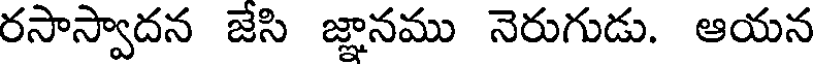
రసాస్వాదన జేసి జ్ఞానము నెరుగుడు. ఆయన